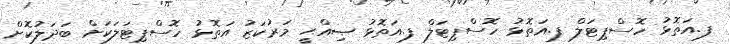
ފ.އަތޮޅު ހޮސްޕިޓަލް ފ.އަތޮޅު ހޮސްޕިޓަލް ފ.އަތޮޅު ޞިއްޙީ މަރުކަޒު އަތޮޅު ހޮސްޕިޓަލަކަށް ބަދަލުކޮށް